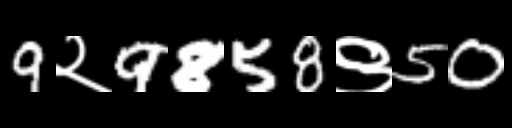
Text: 9२9858९50